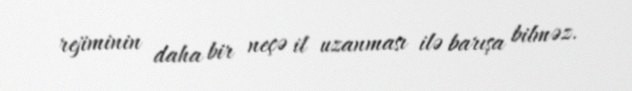
rejiminin daha bir neçə il uzanması ilə barışa bilməz.